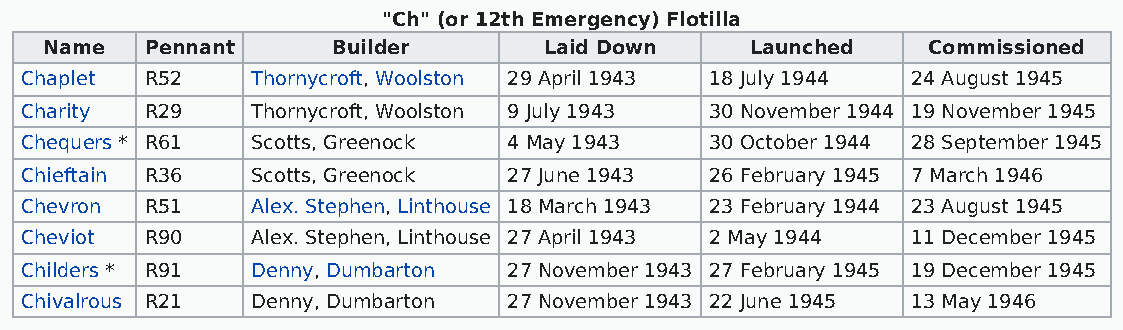
"Ch" (or 12th Emergency) Flotilla
 Name   Pennant     Builder       Laid Down     Launched   Commissioned
 Chaplet  R52    Thornycroft, Woolston 29 April 1943 18 July 1944 24 August 1945
 Charity  R29    Thornycroft, Woolston 9 July 1943 30 November 1944 19 November 1945
 Chequers * R61  Scotts, Greenock 4 May 1943   30 October 1944 28 September 1945
 Chieftain R36   Scotts, Greenock 27 June 1943 26 February 1945 7 March 1946
 Chevron  R51    Alex. Stephen, Linthouse 18 March 1943 23 February 1944 23 August 1945
 Cheviot  R90    Alex. Stephen, Linthouse 27 April 1943 2 May 1944 11 December 1945
 Childers * R91  Denny, Dumbarton 27 November 1943 27 February 1945 19 December 1945
 Chivalrous R21  Denny, Dumbarton 27 November 1943 22 June 1945 13 May 1946